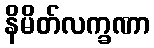
နိမိတ်လက္ခဏာ